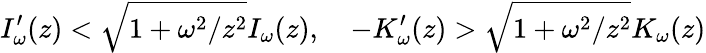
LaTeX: I_{\omega}^{\prime}(z)<\sqrt{1+\omega^{2}/z^{2}}I_{\omega}(z),\quad-K_{\omega}^{\prime}(z)>\sqrt{1+\omega^{2}/z^{2}}K_{\omega}(z)